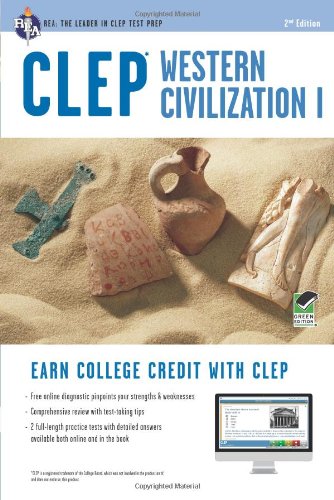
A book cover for CLEPÂ® Western Civilization I Book + Online (CLEP Test Preparation); Dr. Robert M Ziomkowski; Test Preparation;